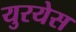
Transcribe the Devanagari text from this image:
युरयेस